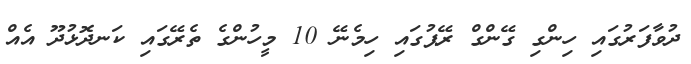
ދުވާފަރުގައި ހިންގި ގޭންގް ރޭޕުގައި ހިމެނޭ 10 މީހުންގެ ތެރޭގައި ކަނދޮޅުދޫ އެއް